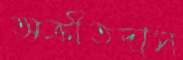
অক্রীতদাস